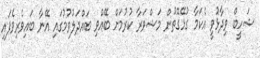
ޝަހީބް ވިދާޅުވީ އެކަމާ ގުޅޭގޮތުން މަޝްވަރާ ކުރުމަށް ބޭއްވި ބައްދަލުވުމުގައި އޭނާ ބައިވެރިވެފައި